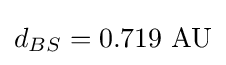
d_{BS}=0.719{\text{ AU}}